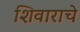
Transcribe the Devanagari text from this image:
शिवाराचे